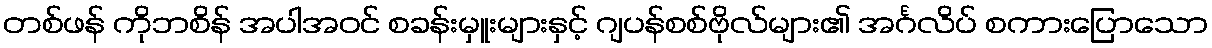
တစ်ဖန် ကိုဘစိန် အပါအဝင် စခန်းမှူးများနှင့် ဂျပန်စစ်ဗိုလ်များ၏ အင်္ဂလိပ် စကားပြောသော